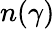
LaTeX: n(\gamma)